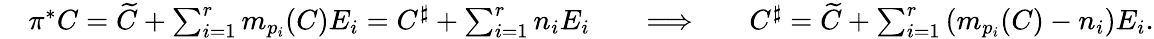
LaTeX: \begin{array}{rlrlrl}&{\pi^{*}C=\widetilde{C}+\sum_{i=1}^{r}m_{p_{i}}(C)E_{i}=C^{\sharp}+\sum_{i=1}^{r}n_{i}E_{i}}&&{\Longrightarrow}&&{C^{\sharp}=\widetilde{C}+\sum_{i=1}^{r}\left(m_{p_{i}}(C)-n_{i}\right)E_{i}.}\end{array}